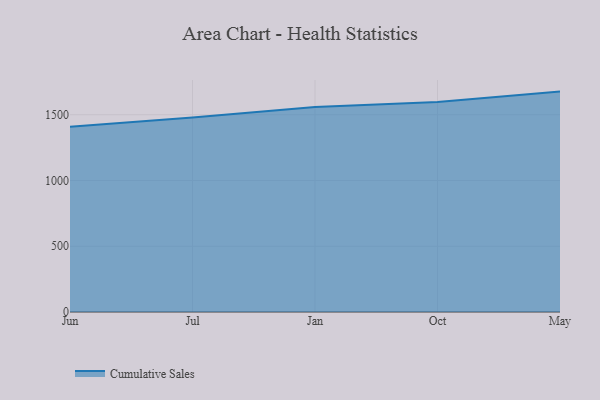
{"axis": {"x": "Month", "y": "LTV (USD)"}, "legend": ["Cumulative Sales"], "data": [{"x": "Jun", "y": 1409.5, "type": "Cumulative Sales"}, {"x": "Jul", "y": 1478.3, "type": "Cumulative Sales"}, {"x": "Jan", "y": 1558.8, "type": "Cumulative Sales"}, {"x": "Oct", "y": 1596.5, "type": "Cumulative Sales"}, {"x": "May", "y": 1676.1, "type": "Cumulative Sales"}]}